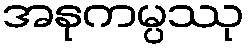
အနုကမ္ပဿု